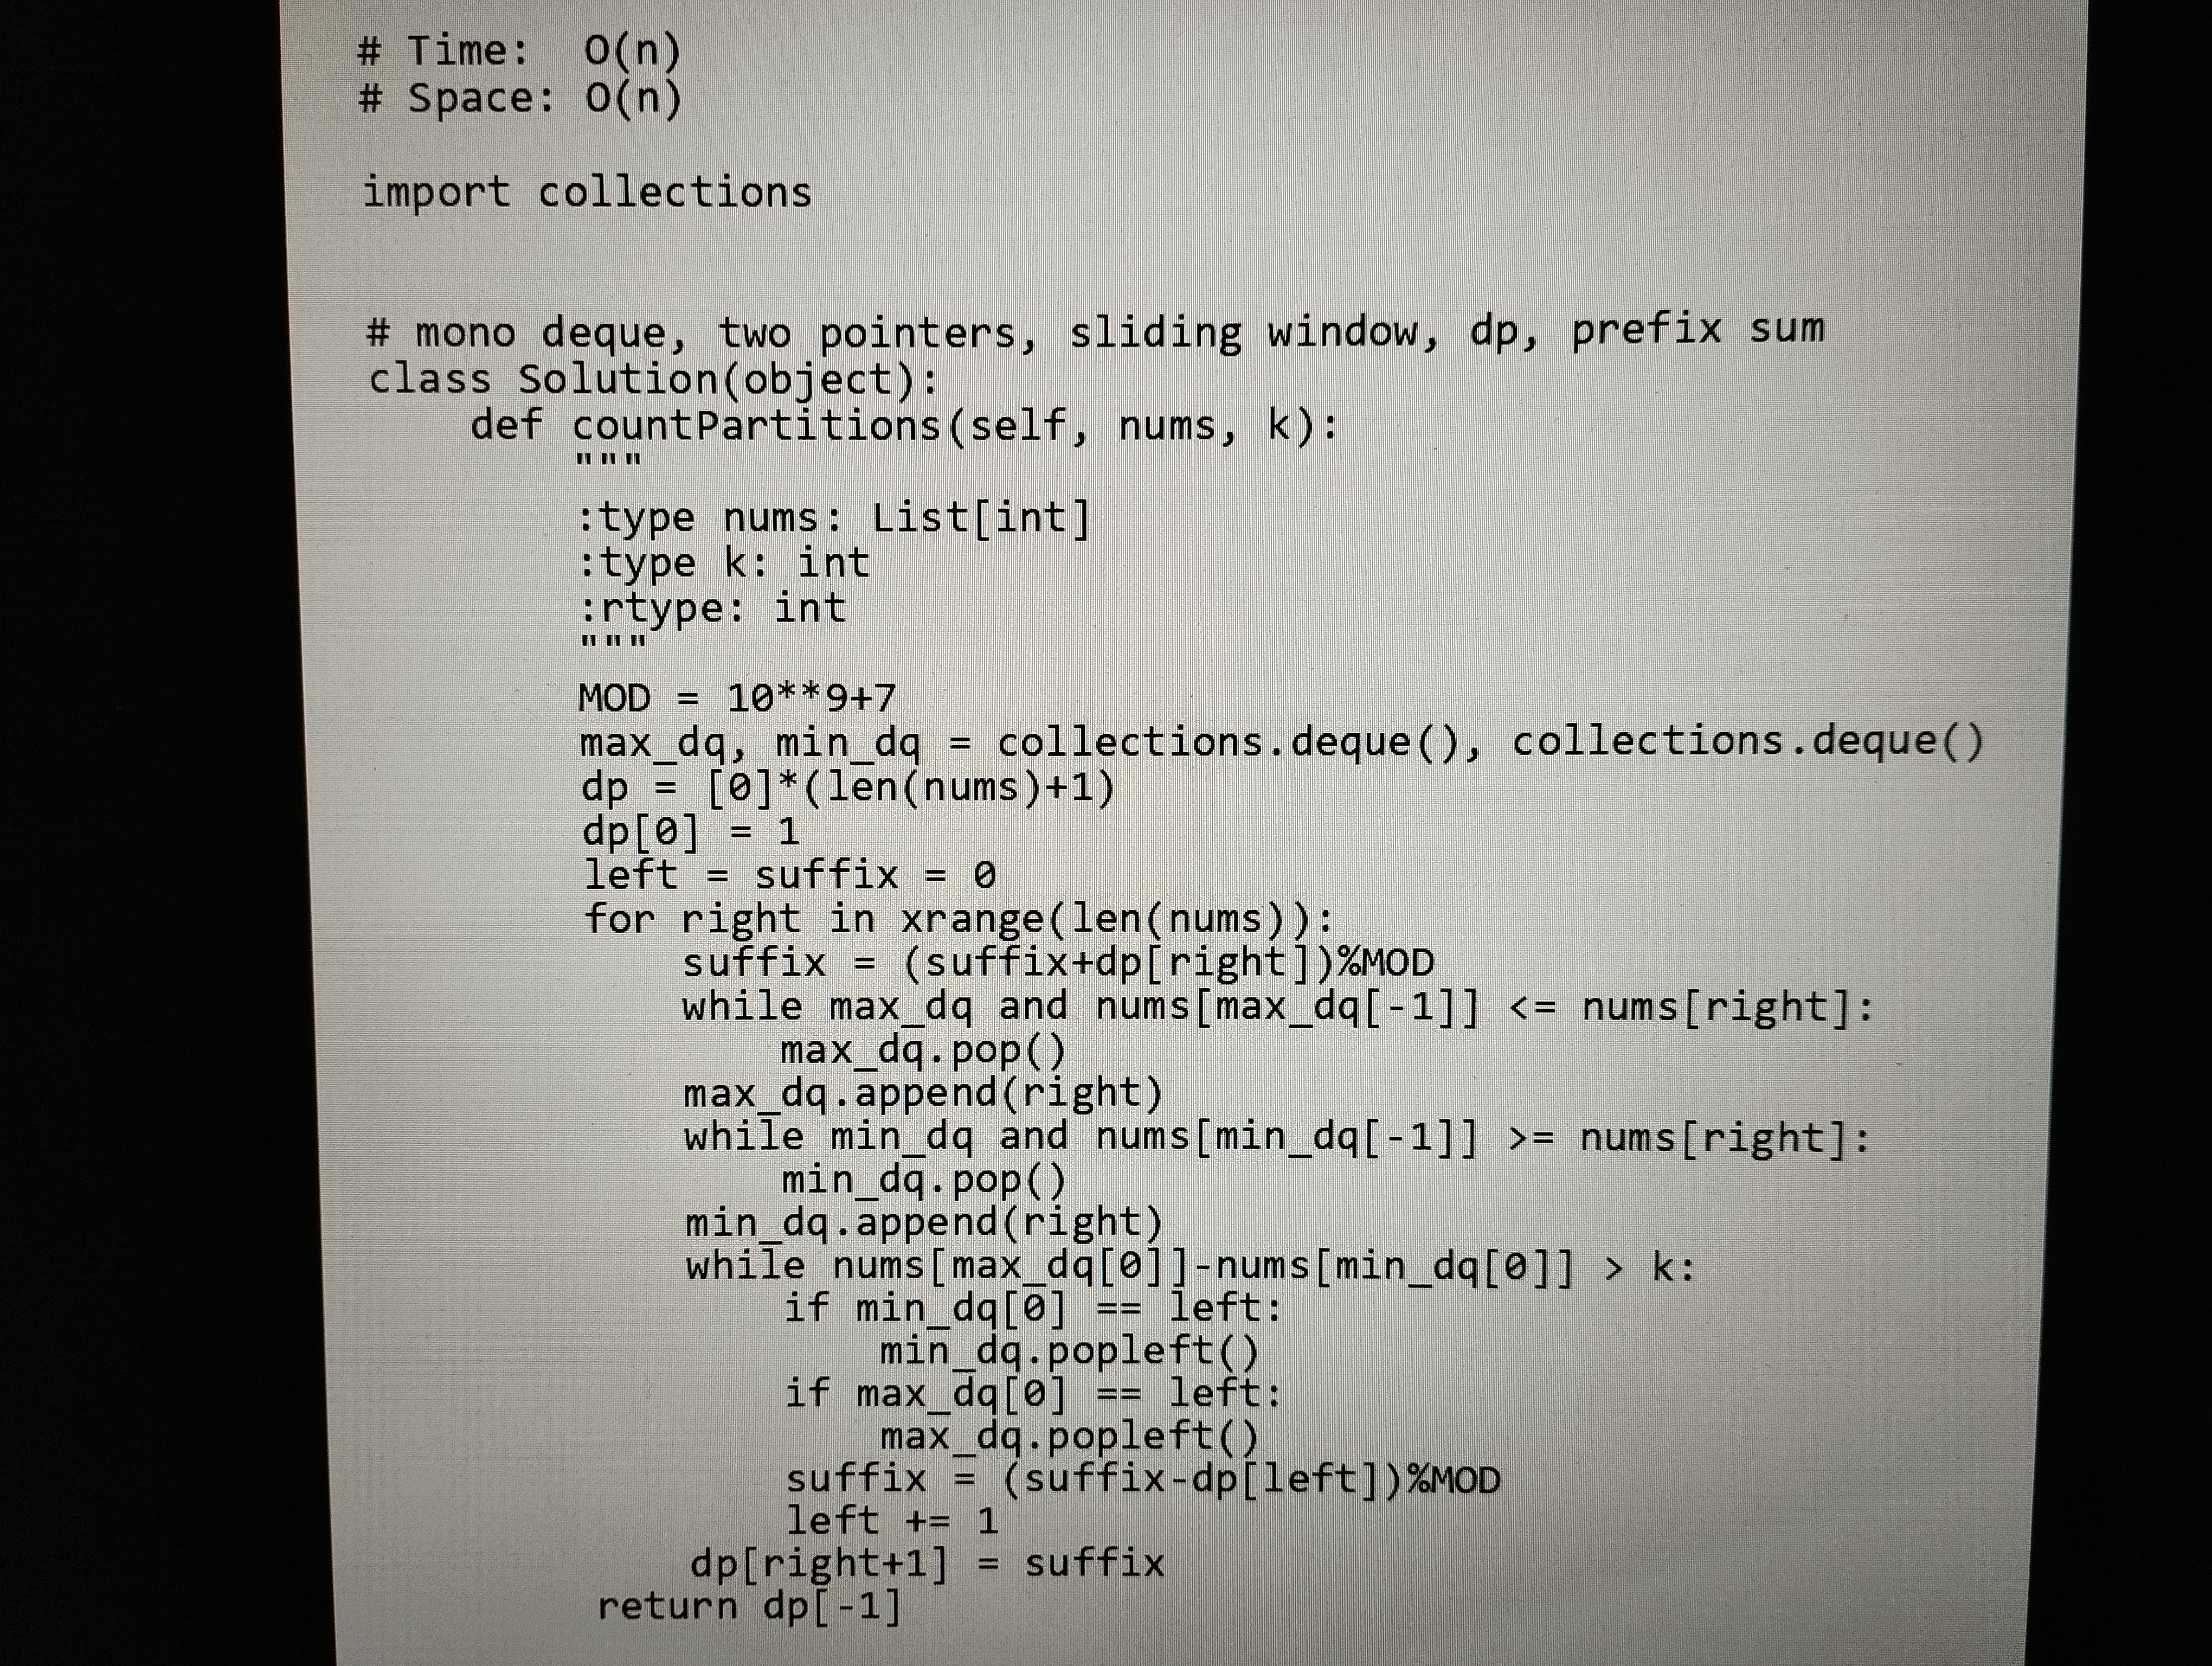
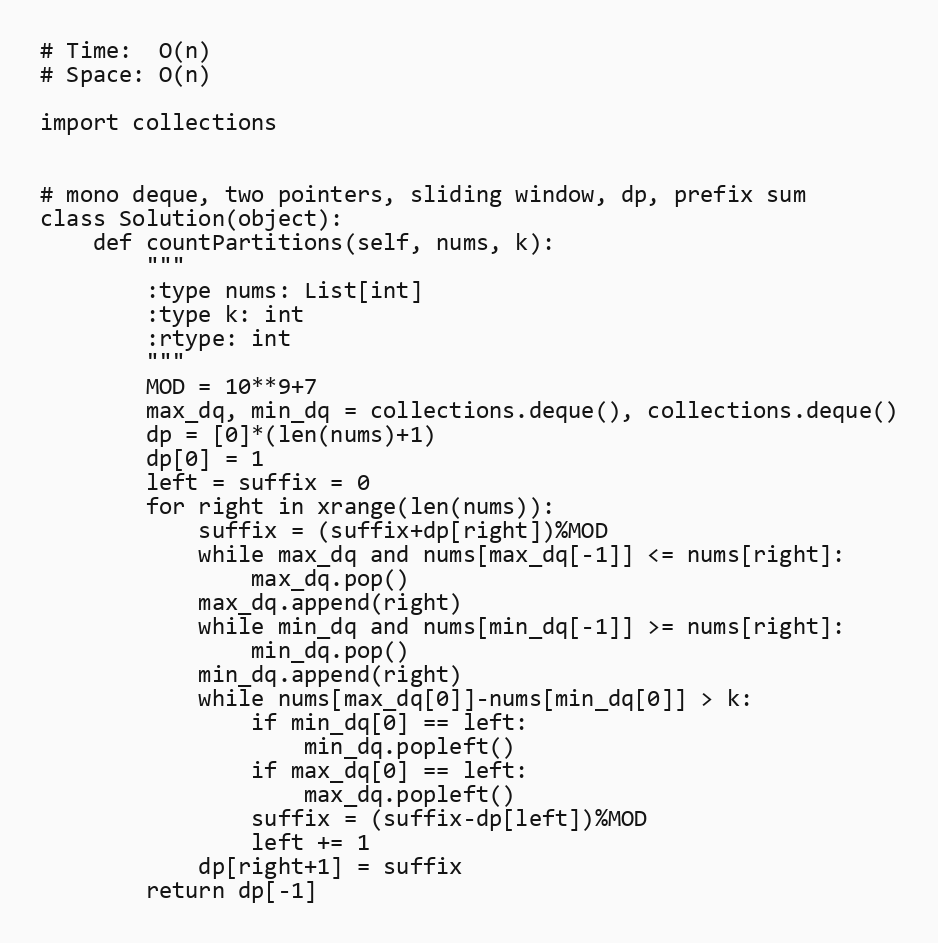
# Time:  O(n)
# Space: O(n)

import collections

# mono deque, two pointers, sliding window, dp, prefix sum
class Solution(object):
    def countPartitions(self, nums, k):
        """
        :type nums: List[int]
        :type k: int
        :rtype: int
        """
        MOD = 10**9+7
        max_dq, min_dq = collections.deque(), collections.deque()
        dp = [0]*(len(nums)+1)
        dp[0] = 1
        left = suffix = 0
        for right in xrange(len(nums)):
            suffix = (suffix+dp[right])%MOD
            while max_dq and nums[max_dq[-1]] <= nums[right]:
                max_dq.pop()
            max_dq.append(right)
            while min_dq and nums[min_dq[-1]] >= nums[right]:
                min_dq.pop()
            min_dq.append(right)
            while nums[max_dq[0]]-nums[min_dq[0]] > k:
                if min_dq[0] == left:
                    min_dq.popleft()
                if max_dq[0] == left:
                    max_dq.popleft()
                suffix = (suffix-dp[left])%MOD
                left += 1
            dp[right+1] = suffix
        return dp[-1]